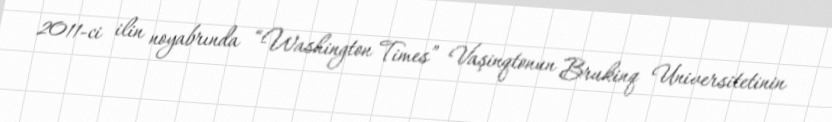
2011-ci ilin noyabrında “Washington Times” Vaşinqtonun Brukinq Universitetinin